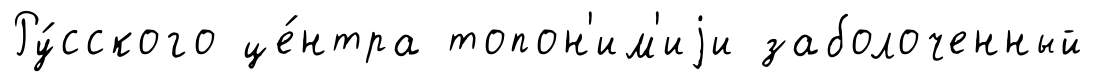
Ру́сского це́нтра топон'им'иjи заболоченный